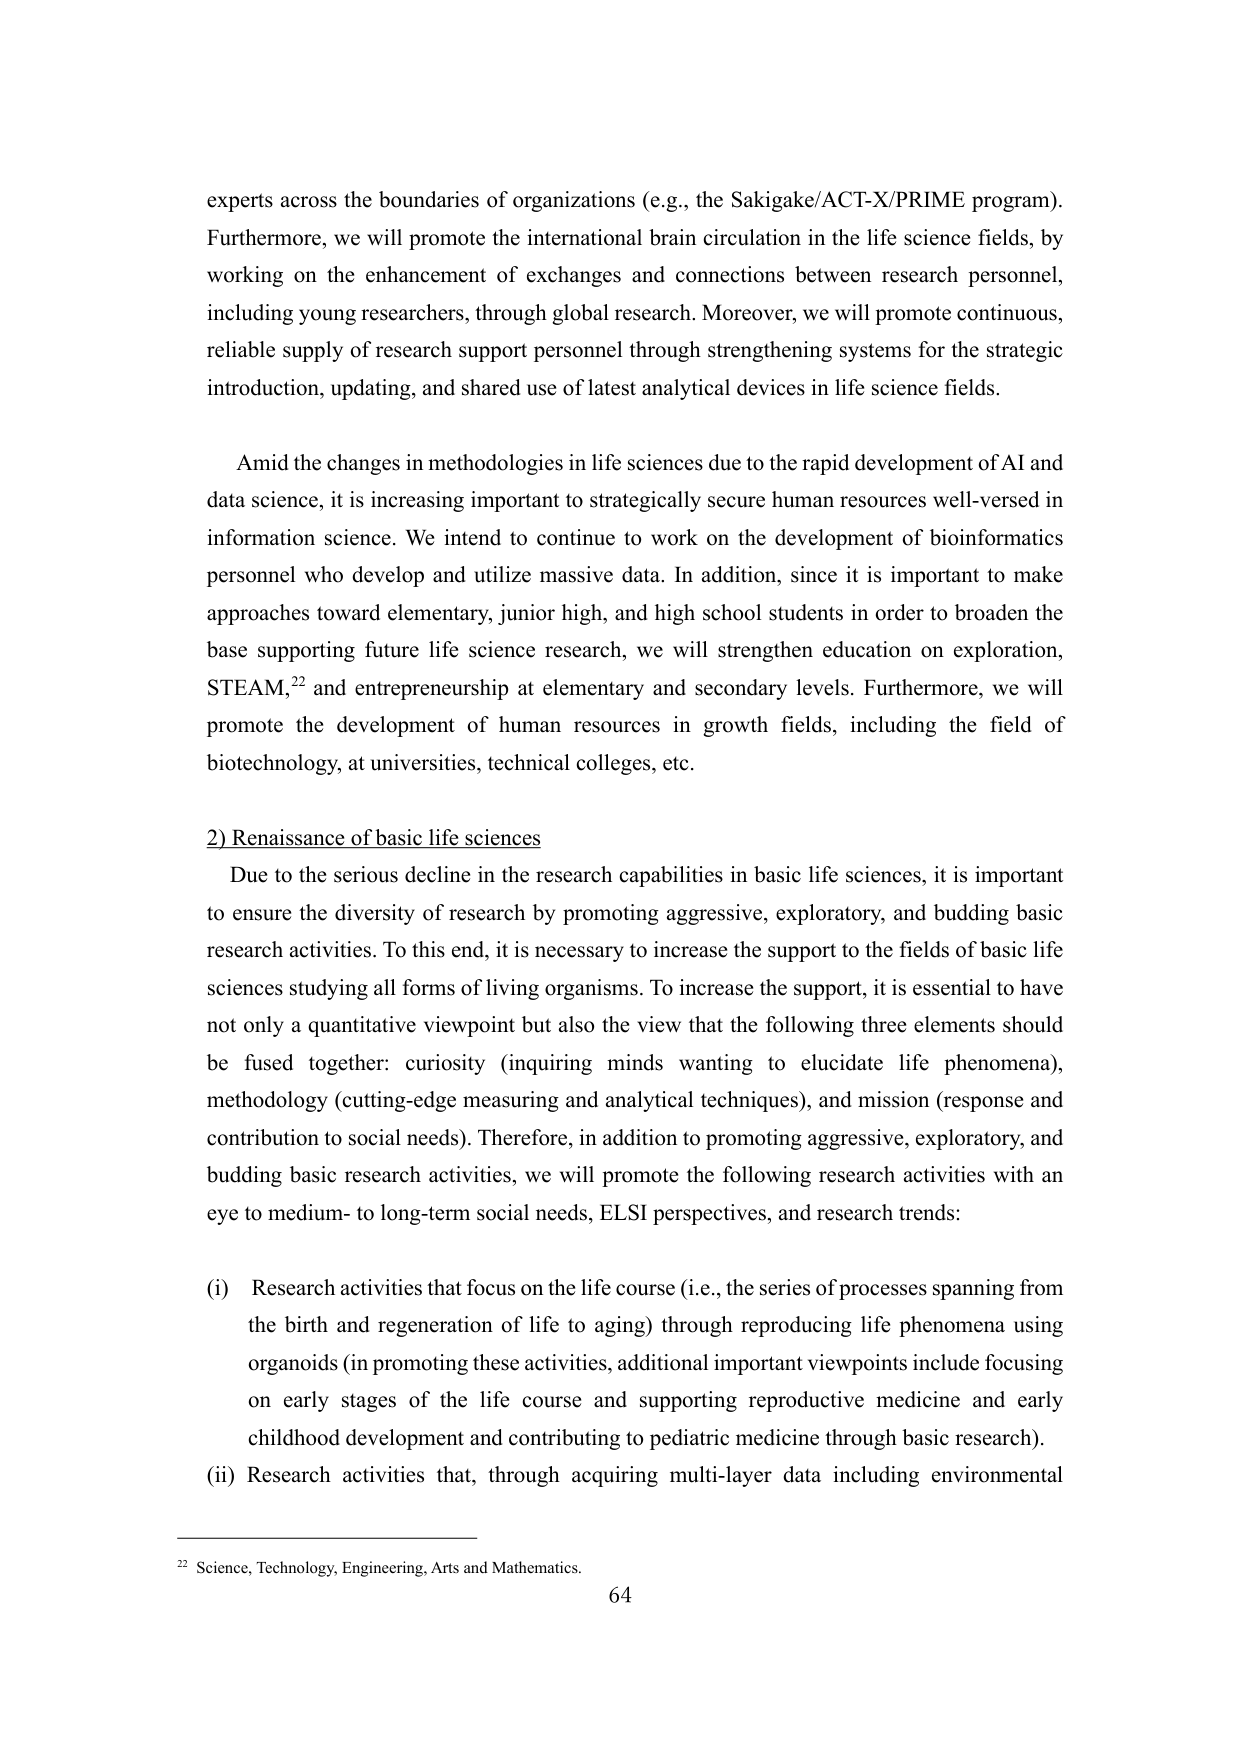
experts across the boundaries of organizations (e.g., the Sakigake/ACT-X/PRIME program). Furthermore, we will promote the international brain circulation in the life science fields, by working on the enhancement of exchanges and connections between research personnel, including young researchers, through global research. Moreover, we will promote continuous, reliable supply of research support personnel through strengthening systems for the strategic introduction, updating, and shared use of latest analytical devices in life science fields.

Amid the changes in methodologies in life sciences due to the rapid development of AI and data science, it is increasing important to strategically secure human resources well-versed in information science. We intend to continue to work on the development of bioinformatics personnel who develop and utilize massive data. In addition, since it is important to make approaches toward elementary, junior high, and high school students in order to broaden the base supporting future life science research, we will strengthen education on exploration, STEAM,²² and entrepreneurship at elementary and secondary levels. Furthermore, we will promote the development of human resources in growth fields, including the field of biotechnology, at universities, technical colleges, etc.

2) Renaissance of basic life sciences

Due to the serious decline in the research capabilities in basic life sciences, it is important to ensure the diversity of research by promoting aggressive, exploratory, and budding basic research activities. To this end, it is necessary to increase the support to the fields of basic life sciences studying all forms of living organisms. To increase the support, it is essential to have not only a quantitative viewpoint but also the view that the following three elements should be fused together: curiosity (inquiring minds wanting to elucidate life phenomena), methodology (cutting-edge measuring and analytical techniques), and mission (response and contribution to social needs). Therefore, in addition to promoting aggressive, exploratory, and budding basic research activities, we will promote the following research activities with an eye to medium- to long-term social needs, ELSI perspectives, and research trends:

(i) Research activities that focus on the life course (i.e., the series of processes spanning from the birth and regeneration of life to aging) through reproducing life phenomena using organoids (in promoting these activities, additional important viewpoints include focusing on early stages of the life course and supporting reproductive medicine and early childhood development and contributing to pediatric medicine through basic research).

(ii) Research activities that, through acquiring multi-layer data including environmental

²² Science, Technology, Engineering, Arts and Mathematics.
64